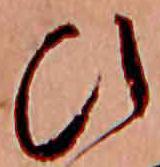
ひ